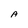
Character: A